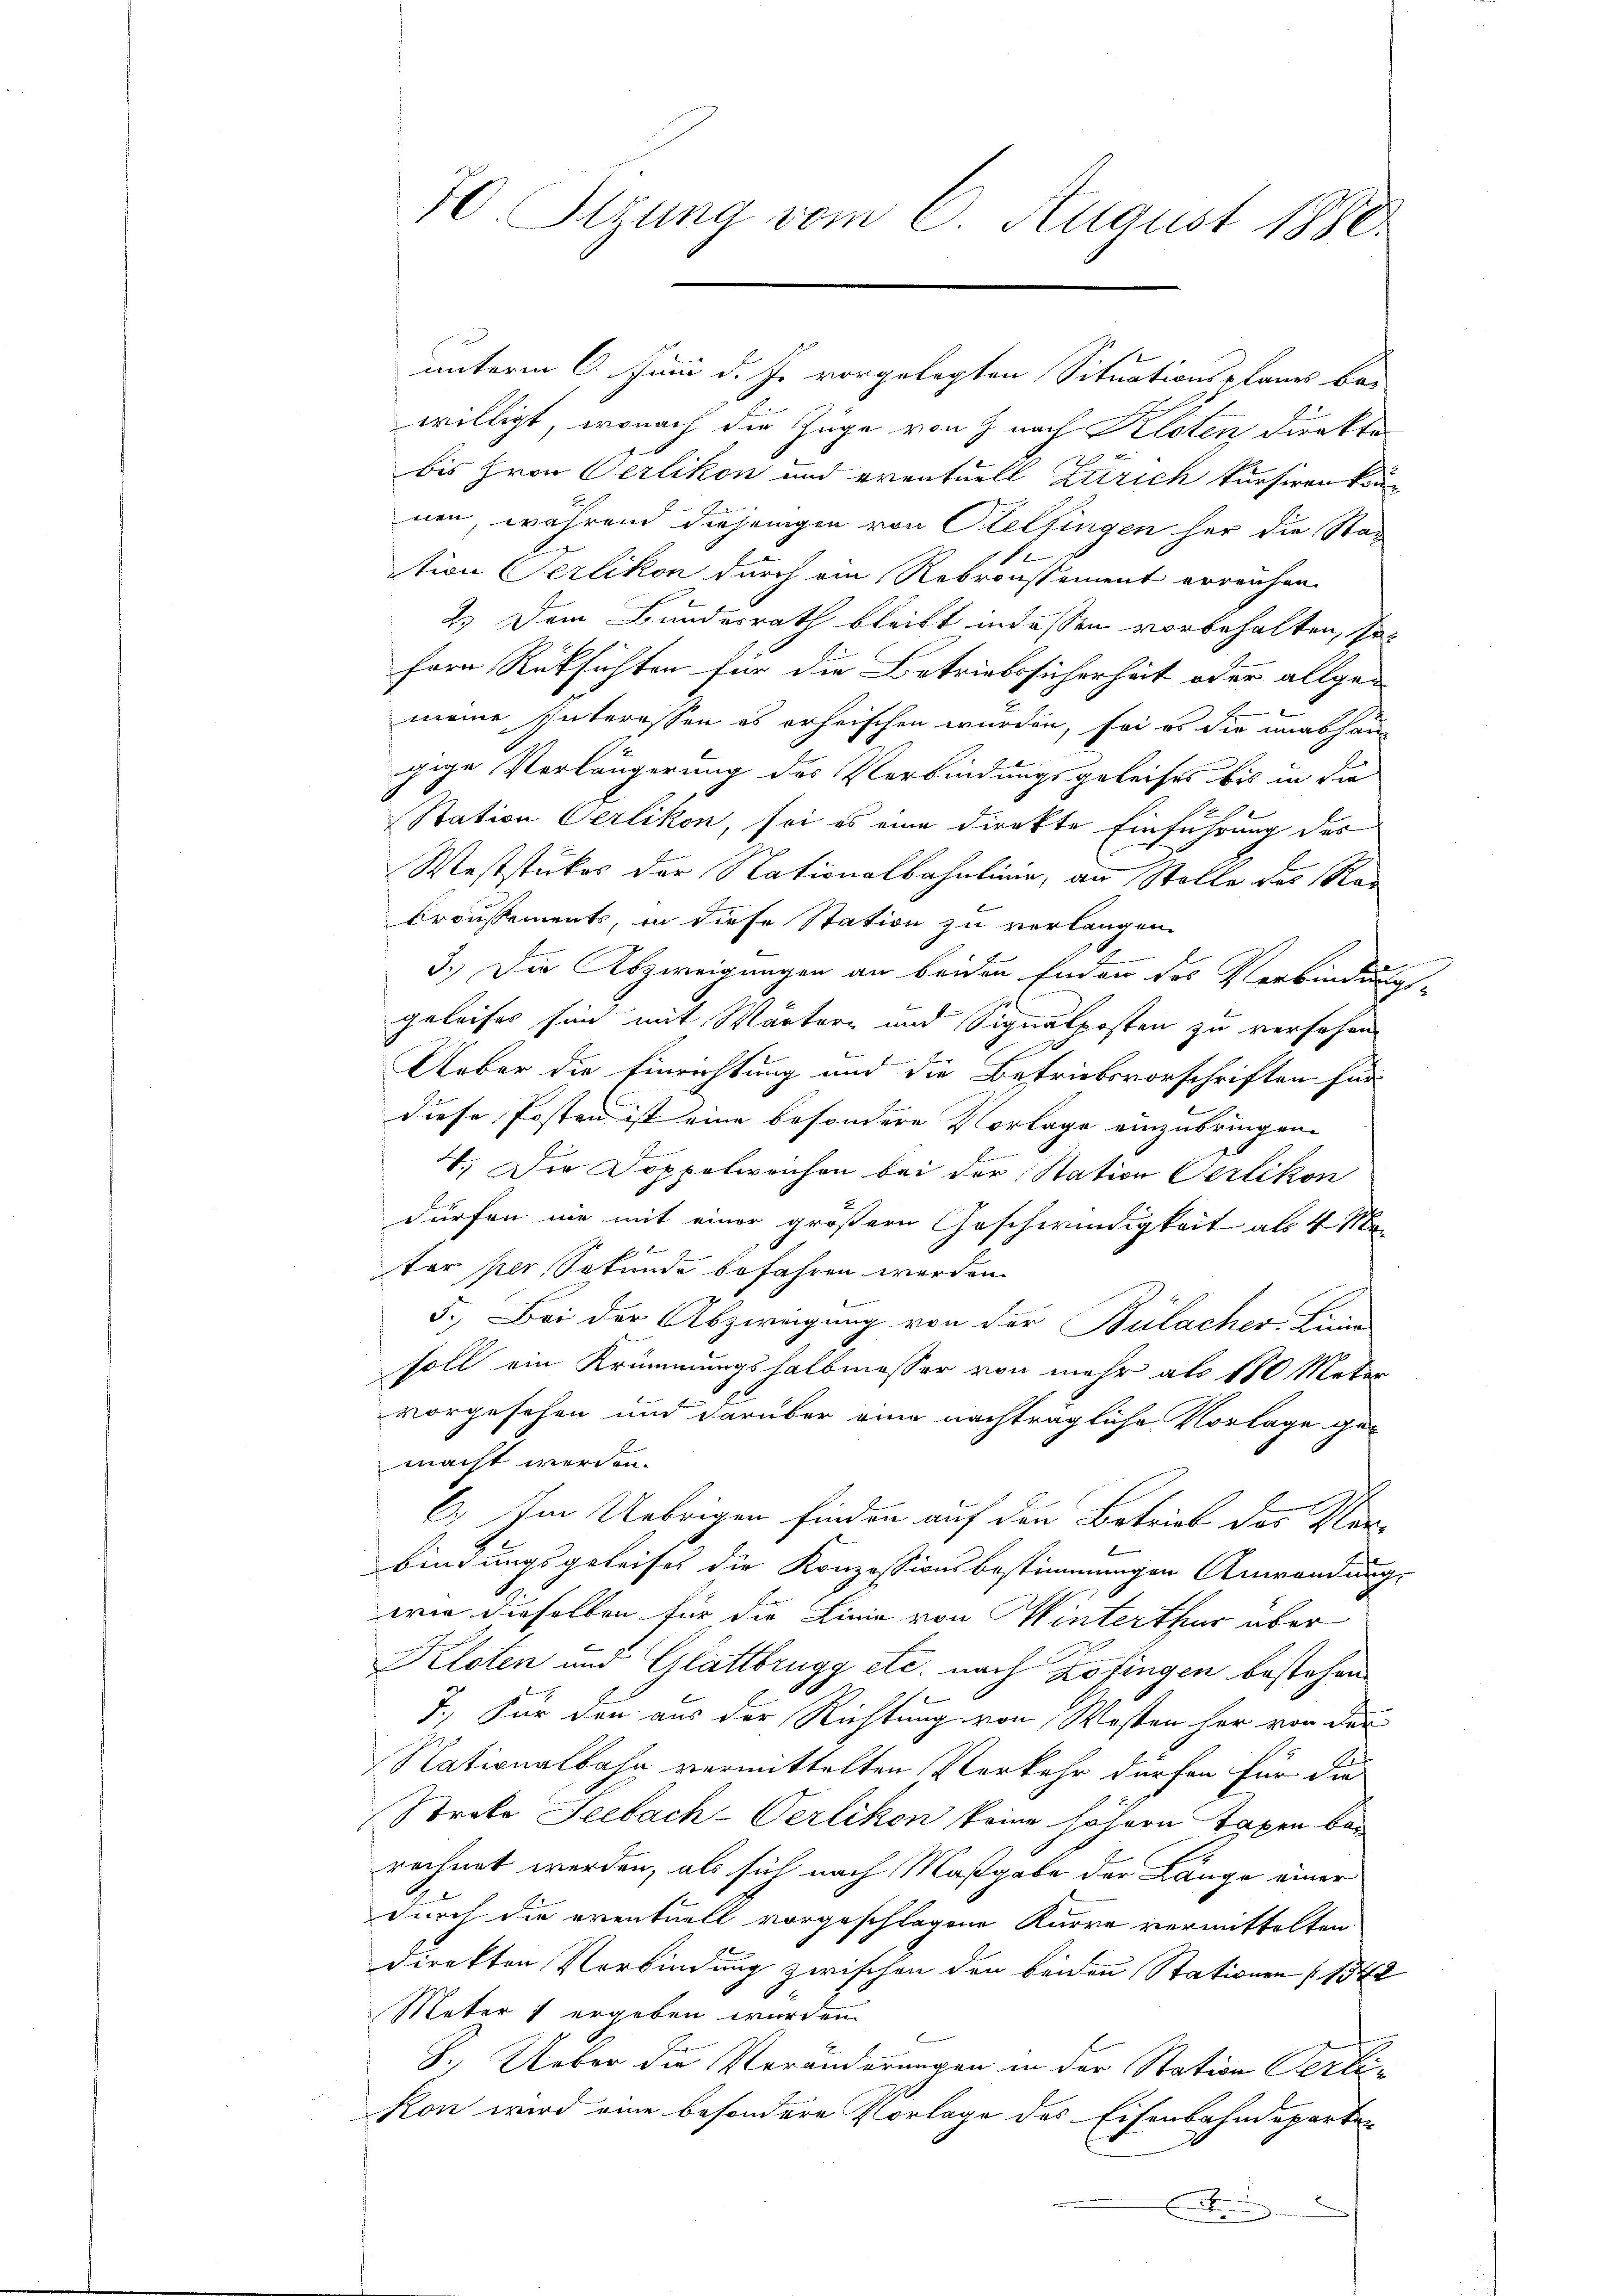
70. Stzung vom 6. August 1880.

willigt, wonach die Züge von J. nach Kloten direkto
bis Hron Oerlikon und eventuell Zürich kursiren kön
.
nen, während diejenigen von Otelfingen her die Stan
e
tion Serlikon durch ein Rebronstament erreichen.
2.) Dem Bundesrath bleibt indessen vorbehalten, so
fern Rüksichten für die Betriebssicherheit oder allge-
meine Interessen es erheischen wurden, sei es die unabhängige Verlängerung des Verbindungsgeleises bis in die
Station Oerlikon, sei es eine direkte Einführung des
Weststückes der Nationalbahnlinie, an Stolle des Rau
broussements, in diese Station zu verlangen.
 eingereinen
3.) Die Abzweigungen an beiden Enden des Verbindungs-
geleises sind mit Wärtern und Signalposten zu versehen
Ueber die Einrichtung und die Betriebsvorschriften für
diese Posten ist eine besondere Vorlage einzubringene
l
V. Die Doppelweichen bei der Station Oerlikon
dürfen wie mit einer größern Geschwindigkeit als 4 Ma-
ter per Sekunde befahren werden.
5.) Bei der Abzweigung von der Bülacher Lina
soll ein Krümmungshalbmesser von mehr als 180 Meter
vorgesehen und darüber eine nachträgliche Vorlage gemacht worden.
C.) Im Uebrigen finden auf den Betrieb des Vor¬
8
bindungsgeleises die Konzessionsbestimmungen Anwendung,
wie dieselben für die Linie von Winterthur aber
Kloten und Glattbrugg etc. nach Zofingen bestehen
7. Für den aus der Richtung von Wosten her von den
Nationalbahn vermittelten Verkehr dürfen für die
Strabo Seebach-Verlikon keine höhern Taxen berechnet werden, als sich nach Maßgabe der Lange einer
durch die eventuell vorgeschlagene Kurre vermittelten.
direkten Verbindung zwischen den beiden Stationen (1342
Meter 1 ergeben wurden.
S. Ueber die Veränderungen in der Station Verbin
kon wird eine besondere Vorlage des Eisenbahndeparten
E

unterm 6. Juni d. Js. vorgelegten Situationsplanes bei